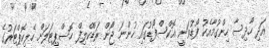
އަދި ހާދިސާ ހިންގުމާއެކު ފޯޑުވަނީ އޮކްސްފޯޑުގައި ހުންނަ ޖޯން ރަޑްކްލިފް ހޮސްޕިޓަލަށް ހެލިކޮޕްޓަރުގެ